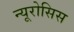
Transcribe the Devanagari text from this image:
न्यूरोसिस